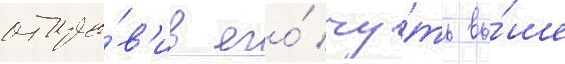
отпра́в'ив его́ чу́ть вы́ше